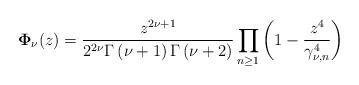
LaTeX: \begin{align*}\mathbf{\Phi }_{{\nu }}(z)=\frac{z^{2{\nu }+1}}{2^{2{\nu }}\Gamma \left( {\nu }+1\right) \Gamma \left( {\nu }+2\right) }\prod_{n\geq1}\left( 1-\frac{z^{4}}{\gamma _{{\nu },n}^{4}}\right) \end{align*}